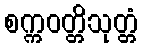
စက္ကဝတ္တိသုတ္တံ